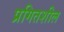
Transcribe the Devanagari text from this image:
प्रगितशील